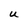
Character: U